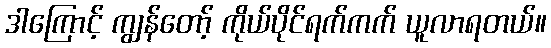
ဒါကြောင့် ကျွန်တော့် ကိုယ်ပိုင်ရက်ကက် ယူလာရတယ်။